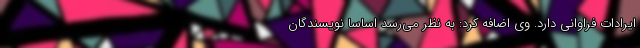
ایرادات فراوانی دارد. وی اضافه کرد: به نظر می‌رسد اساساً نویسندگان